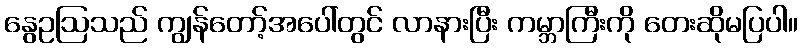
နွေဥဩသည် ကျွန်တော့်အပေါ်တွင် လာနားပြီး ကမ္ဘာကြီးကို တေးဆိုမပြပါ။